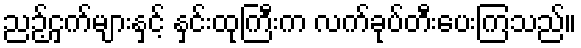
ညဉ့်ငှက်များနှင့် နှင်းထုကြီးက လက်ခုပ်တီးပေးကြသည်။